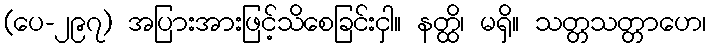
(ပေ-၂၉၇) အပြားအားဖြင့်သိစေခြင်းငှါ။ နတ္ထိ၊ မရှိ။ သတ္တသတ္တာဟေ၊